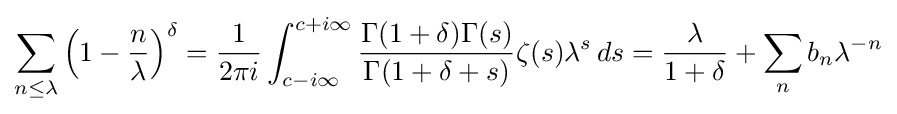
\sum _{n\leq \lambda }\left(1-{\frac {n}{\lambda }}\right)^{\delta }={\frac {1}{2\pi i}}\int _{c-i\infty }^{c+i\infty }{\frac {\Gamma (1+\delta )\Gamma (s)}{\Gamma (1+\delta +s)}}\zeta (s)\lambda ^{s}\,ds={\frac {\lambda }{1+\delta }}+\sum _{n}b_{n}\lambda ^{-n}